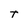
Character: T